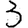
Digit: 3